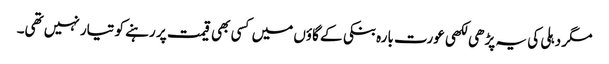
مگر دہلی کی یہ پڑھی لکھی عورت بارہ بنکی کے گاؤں میں کسی بھی قیمت پر رہنے کو تیار نہیں تھی۔